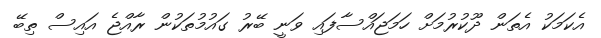
އެކަމަކު އެތަން ދޫކުރުމަށް ހަމަޖައްސާފައި ވަނީ ބޭރު ގައުމުތަކުން ރާއްޖެ އައިސް ތިބޭ